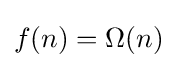
f(n)=\Omega (n)